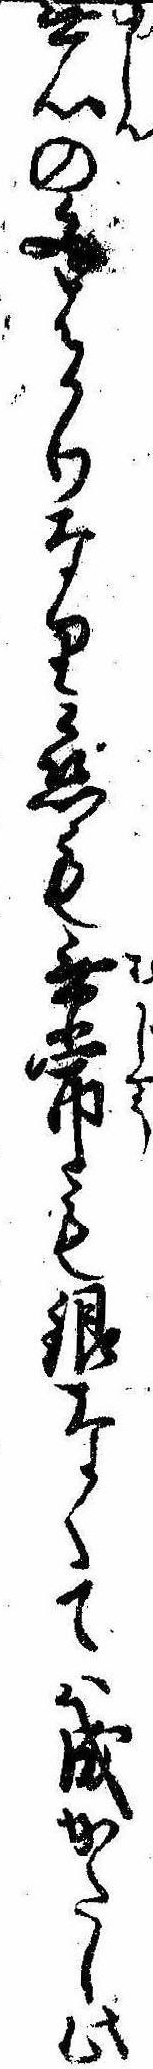
無心の文はかりなり恋も無常も銀なくては成かたし此